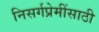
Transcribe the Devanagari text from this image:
निसर्गप्रेमींसाठी